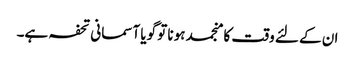
ان کے لئے وقت کا منجمد ہونا تو گویا آسمانی تحفہ ہے۔